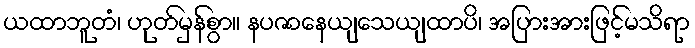
ယထာဘူတံ၊ ဟုတ်မှန်စွာ။ နပဇာနေယျသေယျထာပိ၊ အပြားအားဖြင့်မသိရာ